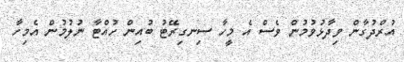
އުރްދުގާން ވިދާޅުވުމުން ވެސް އެ މީހާ ސިނގިރޭޓު ބުއިން ހުއްޓާ ނުލުމުން އެމިހާ